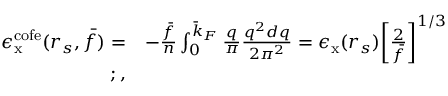
\begin{array} { r l } { \epsilon _ { \mathrm { x } } ^ { \mathrm { c o f e } } ( r _ { s } , \bar { f } ) = } & { - \frac { \bar { f } } { n } \int _ { 0 } ^ { \bar { k } _ { F } } \frac { q } { \pi } \frac { q ^ { 2 } d q } { 2 \pi ^ { 2 } } = \epsilon _ { \mathrm { x } } ( r _ { s } ) \bigg [ \frac { 2 } { \bar { f } } \bigg ] ^ { 1 / 3 } } \\ { ; , } \end{array}